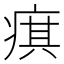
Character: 𤷍